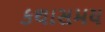
કથાસમય